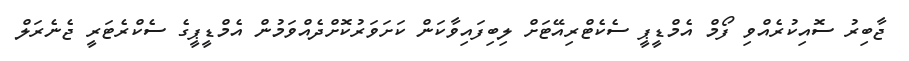
ޖާބިރު ސޮއިކުރެއްވި ފޯމް އެމްޑީޕީ ސެކެޓްރިއޭޓަށް ލިބިފައިވާކަން ކަށަވަރުކޮށްދެއްވަމުން އެމްޑީޕީގެ ސެކްރެޓަރީ ޖެނެރަލް